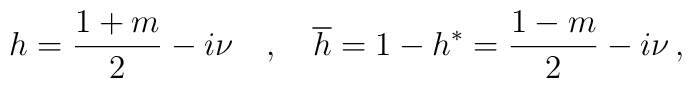
h=\frac{1+m}2-i\nu \quad ,\quad \overline{h}=1-h^{*}=\frac{1-m}2-i\nu \,,